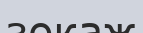
зокаж